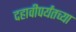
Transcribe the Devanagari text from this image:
दहावीपर्यंतच्या